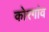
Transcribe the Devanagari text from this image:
कोरगांव